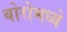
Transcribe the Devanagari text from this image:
बोरोमध्ये